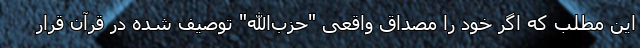
این مطلب که اگر خود را مصداق واقعی "حزب‌الله" توصیف شده در قرآن قرار